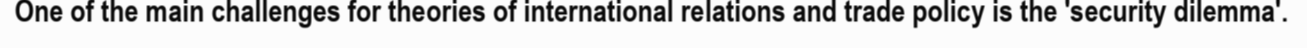
One of the main challenges for theories of international relations and trade policy is the 'security dilemma'.